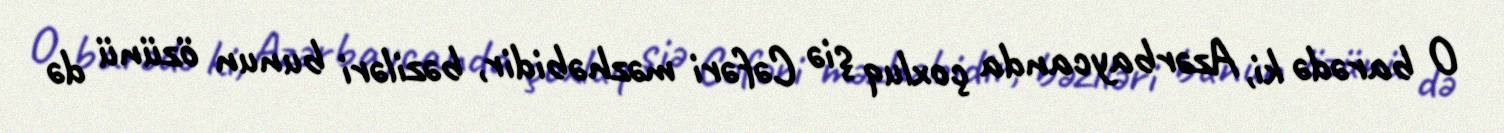
O barədə ki, Azərbaycanda çoxluq şiə Cəfəri məzhəbidir, bəziləri bunun özünü də